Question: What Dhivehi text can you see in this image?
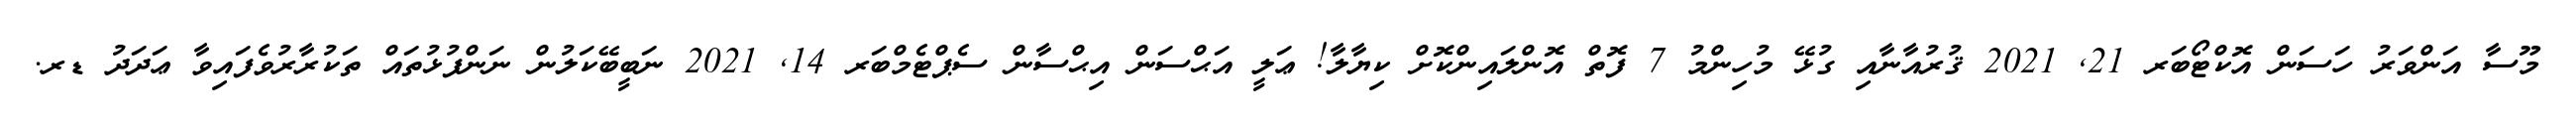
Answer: މޫސާ އަންވަރު ހަސަން އޮކްޓޯބަރ 21, 2021 ޤުރުއާނާއި ގުޅޭ މުހިންމު 7 ފޮތް އޮންލައިންކޮށް ކިޔާލާ! ޢަލީ އަޙްސަން އިޙްސާން ސެޕްޓެމްބަރ 14, 2021 ނަބީބޭކަލުން ނަންފުޅުތައް ތަކުރާރުވެފައިވާ ޢަދަދު ޑރ.